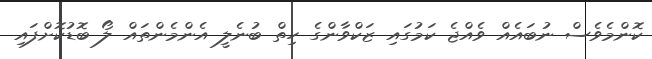
ކޮންމެވެސް ނުބައެއް ވެއްޖެ ކަމުގައި ޒަކްވާންގެ ހިތް ބުނެލީ އެންމެންތައް ލޯ ބޮޑުކޮށްފައި